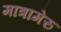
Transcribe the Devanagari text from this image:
मात्रामेरु